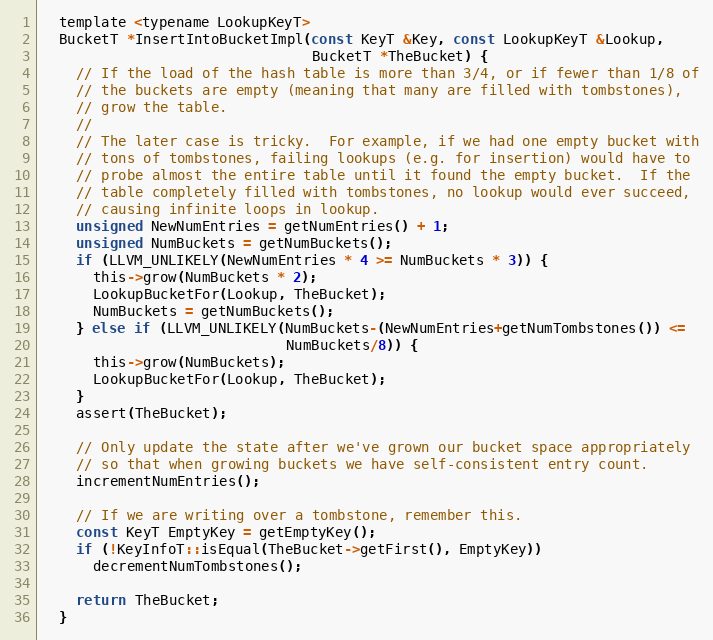
Language: C
  template <typename LookupKeyT>
  BucketT *InsertIntoBucketImpl(const KeyT &Key, const LookupKeyT &Lookup,
                                BucketT *TheBucket) {
    // If the load of the hash table is more than 3/4, or if fewer than 1/8 of
    // the buckets are empty (meaning that many are filled with tombstones),
    // grow the table.
    //
    // The later case is tricky.  For example, if we had one empty bucket with
    // tons of tombstones, failing lookups (e.g. for insertion) would have to
    // probe almost the entire table until it found the empty bucket.  If the
    // table completely filled with tombstones, no lookup would ever succeed,
    // causing infinite loops in lookup.
    unsigned NewNumEntries = getNumEntries() + 1;
    unsigned NumBuckets = getNumBuckets();
    if (LLVM_UNLIKELY(NewNumEntries * 4 >= NumBuckets * 3)) {
      this->grow(NumBuckets * 2);
      LookupBucketFor(Lookup, TheBucket);
      NumBuckets = getNumBuckets();
    } else if (LLVM_UNLIKELY(NumBuckets-(NewNumEntries+getNumTombstones()) <=
                             NumBuckets/8)) {
      this->grow(NumBuckets);
      LookupBucketFor(Lookup, TheBucket);
    }
    assert(TheBucket);

    // Only update the state after we've grown our bucket space appropriately
    // so that when growing buckets we have self-consistent entry count.
    incrementNumEntries();

    // If we are writing over a tombstone, remember this.
    const KeyT EmptyKey = getEmptyKey();
    if (!KeyInfoT::isEqual(TheBucket->getFirst(), EmptyKey))
      decrementNumTombstones();

    return TheBucket;
  }